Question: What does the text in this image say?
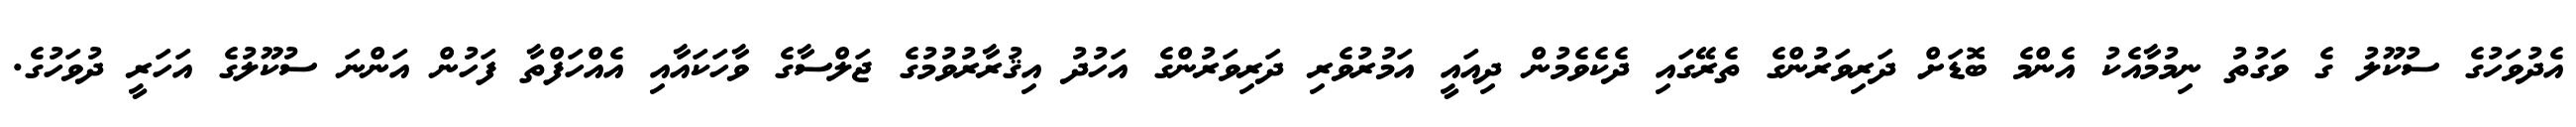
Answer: އެދުވަހުގެ ސުކޫލު ގެ ވަގުތު ނިމުމާއެކު އެންމެ ބޮޑަށް ދަރިވަރުންގެ ތެރޭގައި ދެކެވެމުން ދިއައީ އަމުރުވެރި ދަރިވަރުންގެ އަހުދު އިޤުރާރުވުމުގެ ޖަލްސާގެ ވާހަކައާއި އެއްހަފްތާ ފަހުން އަންނަ ސުކޫލުގެ އަހަރީ ދުވަހުގެ.